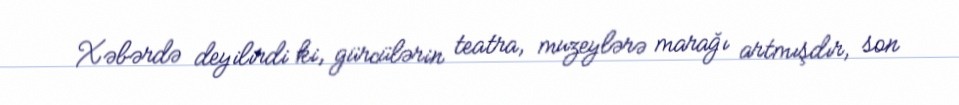
Xəbərdə deyilirdi ki, gürcülərin teatra, muzeylərə marağı artmışdır, son